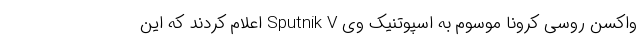
واکسن روسی کرونا موسوم به اسپوتنیک وی Sputnik V اعلام کردند که این